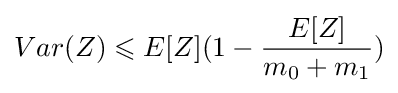
Var(Z)\leqslant E[Z](1-{\frac {E[Z]}{m_{0}+m_{1}}})